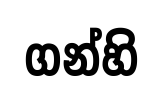
ගන්හි